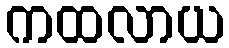
ကထလာယ